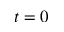
t = 0